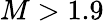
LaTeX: M>1.9